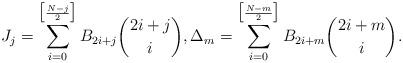
LaTeX: \begin{align*}J_{j}=\sum_{i=0}^{\big[\frac{N-j}{2}\big]}B_{2i+j}\binom{2i+j}{i},\Delta_m= \sum_{i=0}^{\big[\frac{N-m}{2}\big]}B_{2i+m}\binom{2i+m}{i}. \end{align*}